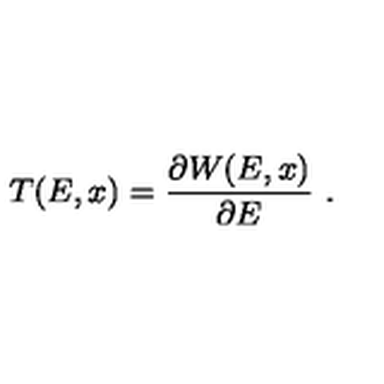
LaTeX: T ( E , x ) = { \frac { \partial W ( E , x ) } { \partial E } } \ .